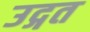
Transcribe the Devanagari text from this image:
उद्गत